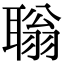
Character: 聬